Vaccination in Burma 1912-1922 - 1912-1922
Year: 1912
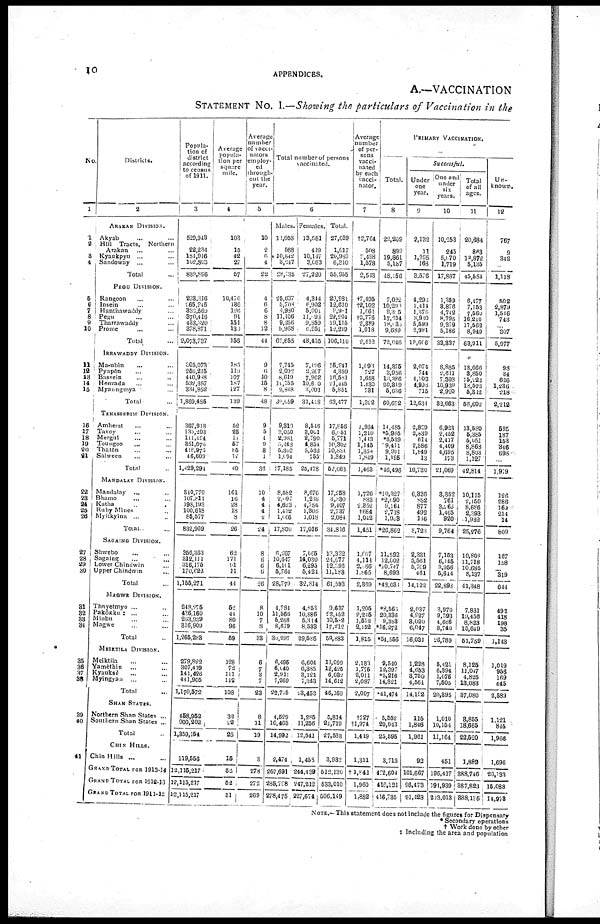
10
APPENDICES.
A.—VACCINATION
STATEMENT No. I.—Showing the particulars of Vaccination in the
No.
1
1
2
3
4
5
6
7
8
9
10
11
12
13
14
15
16
17
18
19
20
21
22
23
24
25
26
27
28
29
30
31
32
33
34
35
36
37
38
39
40
41
Districts.
2
ARAKAN DIVISION.
Akyab... ... ...
Hill Tracts, Northern
Arakan... ... ...
Kayukpyu... ... ...
Sandoway ... ... ...
Total...
PEGU DIVISION.
Rangoon... ... ...
Insein... ... ...
Hanthawaddy... ... ... ...
Pegu... ... ... ...
Tharrawaddy... ... ...
Prome... ... ...
Total...
IRRAWADDY DIVISION.
Ma-ubin... ... ...
Paypôn... ... ...
Bassein... ... ...
Henzada... ... ...
Myaungmya... ... ...
Total...
TENASSERIM DIVISION.
Amherst... ... ...
Tavoy... ... ...
Mergul... ... ...
Toungoo... ... ...
Thatôn... ...
Salween... ... ...
Total...
MANDALAY DIVISION.
Mandalay... ... ...
Bhamo... ... ...
Katha... ... ...
Ruby Mines... ... ...
Myitkyina... ...
Total. ...
SANGING DIVISION.
Shwebo... ... ...
Sagaing... ... ...
Lower Chindwin... ...
Upper Chindwin... ...
Total...
MAGWE DIVISION.
Thayetmyo... ...
Pakôkku †... ... ...
Minbu... ... ...
Magwe... ... ...
Total...
MEIKTILA DIVISION.
Meiktita... ...
Yamèthin... ... ...
Kyauksè
Myingyan ... ... ...
Total...
SHAN STATES.
Northern Shan States ...
Southern Shan States ...
Total...
CHIN HILLS.
Chin Hills ... ... ...
GRAND TOTAL FOR 1913-14
GRAND TOTAL FOR 1912-13
GRAND TOTAL FOR 1911-12
Popula-
tion of
district
according
to census
of 1911.
3
529,943
22,234
184,916
102,803
839,896
293,316
165,245
332,569
370,416
433,320
378,871
2,073,737
305,073
256,215
440,988
532,357
334,852
1,869,485
367,918
135,293
111,424
351,076
416,975
46,608
1,429,294
340,770
107,871
198,193
100,618
85,577
832,969
350,363
312,111
316,175
170,623
1,155,271
248,275
436,160
263,939
316,909
1,265,283
279,822
307,419
141,426
441,905
1,170,572
458,952
900,202
1,359,154
119,556
12,115,217
12,115,217
12,115,217
Average
popula-
tion per
square
mile.
4
103
15
42
27
57
10,476
136
196
91
151
130
156
185
119
107
187
127
139
52
25
11
57
85
17
40
161
16
28
18
8
26
62
171
91
11
44
52
44
80
96
59
128
72
111
142
108
32
22
25
15
52
52
51
Average
number
of vacci-
nators
employ-
ed
through-
out the
year.
5
10
2
6
4
22
4
6
6
8
8
12
44
9
6
10
15
8
48
9
5
4
9
8
1
33
10
4
4
4
2
24
8
6
6
0
26
8
10
7
8
33
6
7
3
7
23
8
11
19
3
278
272
269
Total number of persons
vaccinated.
6
Males.
11,058
588
10,842
3,047
28,735
25,637
5,708
4,980
11,106
9,256
5,968
62,655
7,745
2,092
8,619
10,755
2,848
30,059
9,310
3,050
2,981
3,148
5,302
1,094
27,185
8,582
2,097
4,623
1,432
1,066
17,800
6,267
10,647
6,101
5,764
28,779
4,784
11,566
6,268
8,679
30,297
6,495
6,040
2,911
7,269
22,705
4,529
10,463
14,992
2,474
267,691
285,798
278,475
Females.
13,581
429
10,147
3,663
27,220
4,344
6,902
5,001
11,093
9,359
6,251
48,455
7,496
2,267
7,962
10,600
3,003
31,418
8,546
3,001
2,790
4,854 5,532
755
25,478
8,676
1,238
4,784
1,305
1,018
17,016
7,665
14,030
6,295
5,424
32,814
4, 853
10,886
5,314
8,533
29,586
6,604
6,385
3,121
7,343
23,453
1,285
11,256
12,541
1,458
244,439
247,212
227,674
Total.
27,639
1,617
20,989
6,310
55,955
29,981
12,610
9,981
22,204
19,115
12,219
106,110
15,241
4,359
16,581
21,445
5,851
63,477
17,856
6,051
5,771
10,302 10,834
1,849
52,663
17,258
3,330
9,407
2,737
2,084
34,816
13,322
24,677
12,396
11,188
61,593
9,637
22,452
10,582
17,212
59,883
13,099
12,425
6,032
14,612
46,168
5,814
21,719
27,533
3,932
512,130
533,010
506,149
Average
number
of per-
sons
vacci-
nated
by each
vacci-
nator.
7
†2,764
508
8,498
1,578
2,513
†7,495
†2,102
1,664
†2,776
2,389
1,018
2,412
1,093
727
1,658
1,430
731
1,392
1,984
1,210
1,413
1,145 1,354
1,849
1,463
1,726
833
2,352
†684
1,042
1,451
1,067
4,113
2,066
l,865
2,369
1,205
2,245
1,512
2,152
1,815
2,183
1,775
2,011
2,087
2,007
†727
†1,974
1,449
1,311
†1,842
1,960
1,882
PRIMARY VACCINATION.
Total.
8
22,209
899
19,861
5,187
48,156
7,022
10,290
9,305
17,614
18,030
9,689
72,046
14,375
3,956
16,386
20,319
5,636
60,672
14,485
*5,965
*5,539
9,411
9,901
1,195
*46,496
*10,327
*2,690
9,164
2,718
l,908
*20,862
11,592
12,002
*10,747
8,693
*43,031
*8,565
20,336
9,383
*16,272
*51,556
9,540
12,397
*5,216
14,321
*41,474
5,552
20,043
25,595
3,713
492,604
416,121
416,735
Successful.
Under
one
year.
9
2,132
11
1,265
168
3,576
4,298
1,414
1,376
3,930
5,599
2,991
19,606
2,074
744
4,103
4,998
715
12,634
2,829
2,839
614
2,586 l,849
13
10,730
6,836
882
877
492
186
8,723
2,331
5,561
5,709
461
14,122
2,037
4,927
3,020
6,047
16,031
1,228
4,653
3,750
4,561
14,192
115
1,846
1,961
92
101,667
96,473
91,428
One and
under
six
years.
10
10,253
245
5,070
1,719
17,887
1,359
3,876
4,742
8,795
9,379
5,186
33,337
8,885
2,611
7,303
10,939
2,920
32,663
6,923
2,452
2,417
4,409 4,695
173
21,069
3,352
761
3,966.
1,405
920
9,764
7,153
6,145
3,956
5,644
22,898
3,970
9,993
4,686
8,740
26,789
5,421
6,394
1,076
7,505
20,395
1,010
10,154
11,164
451
196,417
194,939
203,013
Total
of all
ages.
11
20,684
863
18,872
5,135
45,554
6,477
7,153
7,560
16,210
17,562
8,949
63,911
13,666
3,850
15,222
13,522
5,312
56,602
13,580
5,385
5,051
8,868 8,803
1,127
42,814
10,115
2,150
8,686
2,393
1,932
25,276
10,808
11,718
10,685
8,137
41,348
1
7,831
19,456
8,823
15,649
51,759
8,125
11,047
4,825
13,083
37,080
8,855
18,665
22,520
1,882
388,746
387,823
388,135
Un-
known.
12
767
9
342
...
1,118
502
2,879
1,546
743
...
307
5,977
98
34
626
1,236
218
2,212
595
187
153
346 698
...
1,979
126
286
169
214
14
809
167
158
... 319
644
492
418
198
35
1,143
1,019
956
169
445
2,589
1,121
845
1,966
1,696
20,133
16,088
14,978
NOTE.—This statement does not include the figures for Dispensary
* Secondary operations
† Work done by other
‡ Including the area and population